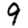
Digit: 9